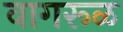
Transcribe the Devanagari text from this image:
वागरूळ